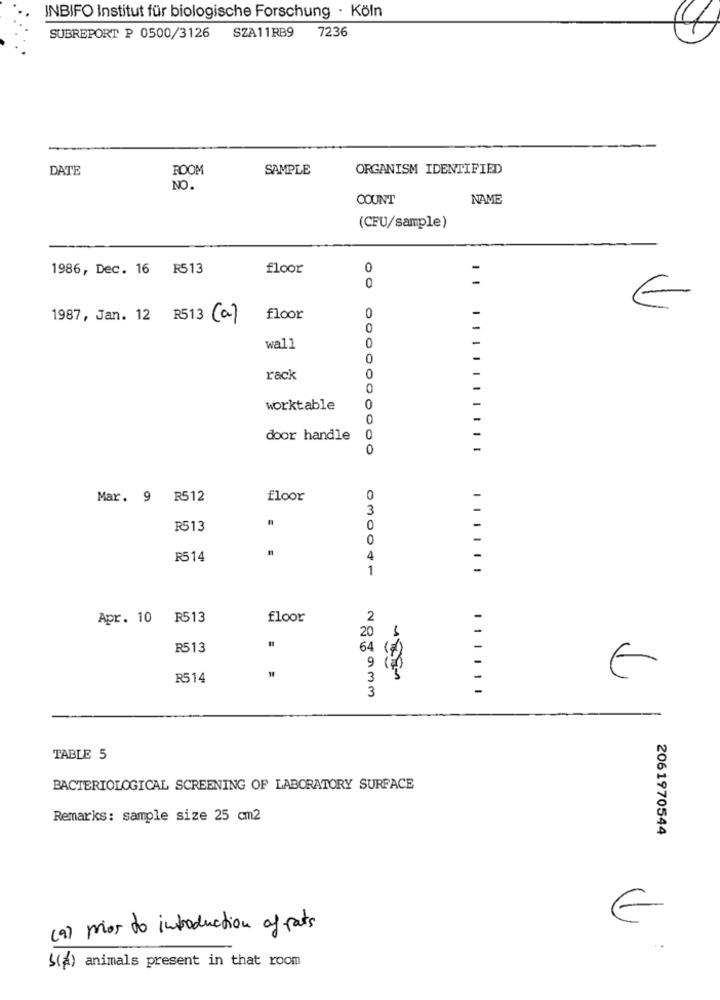
INBIFO Institut für biologische Forschung · Köln
7236
SUBREPORT P 0500/3126 SZA11RB9
DATE
ROOM
SAMPLE
ORGANISM IDENTIFIED
NO.
COUNT
NAME
(CFU/sample)
1986, Dec. 16 R513
floor
0
0
€
1987, Jan. 12
R513 (a)
floor
0
-
0
-
wall
0
0
-
rack
0
0
-
-
worktable
0
0
-
-
door handle
0
0
-
Mar. 9 R512
floor
0
-
3
R513
0
-
0
-
R514
4
-
1
-
Apr. 10 R513
floor
2
20
R513
64
9
R514
3
E
3
TABLE 5
BACTERIOLOGICAL SCREENING OF LABORATORY SURFACE
Remarks: sample size 25 cm2
2061970544
€
(9) prior to introduction of rats
(%) animals present in that room